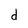
Character: d